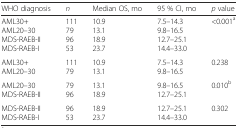
<table><thead><tr><td><b>WHO diagnosis</b></td><td><b><i>n</i></b></td><td><b>Median OS, mo</b></td><td><b>95 % CI, mo</b></td><td><b><i>p</i> value</b></td></tr></thead><tbody><tr><td>AML30+AML20–30MDS-RAEB-IIMDS-RAEB-I</td><td>111799653</td><td>10.913.118.923.7</td><td>7.5–14.39.8–16.512.7–25.114.4–33.0</td><td>&lt;0.001<sup>a</sup></td></tr><tr><td>AML30+AML20–30</td><td>11179</td><td>10.913.1</td><td>7.5–14.39.8–16.5</td><td>0.238</td></tr><tr><td>AML20–30MDS-RAEB-II</td><td>7996</td><td>13.118.9</td><td>9.8–16.512.7–25.1</td><td>0.010<sup>b</sup></td></tr><tr><td>MDS-RAEB-IIMDS-RAEB-I</td><td>9653</td><td>18.923.7</td><td>12.7–25.114.4–33.0</td><td>0.302</td></tr></tbody></table>